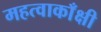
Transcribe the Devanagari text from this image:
महत्वाकाँक्षी